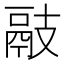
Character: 䰙